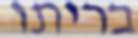
בריתו